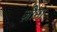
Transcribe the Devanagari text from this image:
ज़ीमा